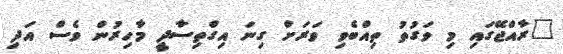
"ރާއްޖޭގައި މި ވަގުތު ތިއްބެވި ވަރަށް ގިނަ އިގްތިސާދީ މާހިރުން ވެސް އަދި